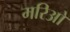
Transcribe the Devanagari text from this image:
मरिओ